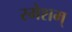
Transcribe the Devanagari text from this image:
रमेशम्